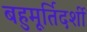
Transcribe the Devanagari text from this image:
बहुमूर्तिदर्शी